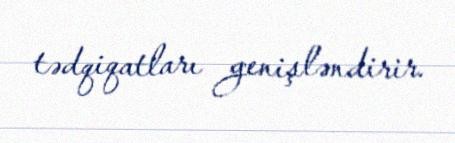
tədqiqatları genişləndirir.